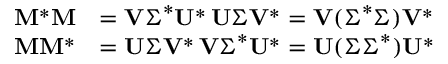
{ \begin{array} { r l } { \mathbf { M } ^ { * } \mathbf { M } } & { = \mathbf { V } { \boldsymbol { \Sigma } } ^ { * } \mathbf { U } ^ { * } \, \mathbf { U } { \boldsymbol { \Sigma } } \mathbf { V } ^ { * } = \mathbf { V } ( { \boldsymbol { \Sigma } } ^ { * } { \boldsymbol { \Sigma } } ) \mathbf { V } ^ { * } } \\ { \mathbf { M } \mathbf { M } ^ { * } } & { = \mathbf { U } { \boldsymbol { \Sigma } } \mathbf { V } ^ { * } \, \mathbf { V } { \boldsymbol { \Sigma } } ^ { * } \mathbf { U } ^ { * } = \mathbf { U } ( { \boldsymbol { \Sigma } } { \boldsymbol { \Sigma } } ^ { * } ) \mathbf { U } ^ { * } } \end{array} }